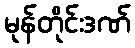
မုန်တိုင်းဒဏ်